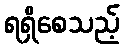
ရရှိစေသည့်